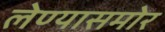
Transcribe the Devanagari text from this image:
लेण्यासमोर